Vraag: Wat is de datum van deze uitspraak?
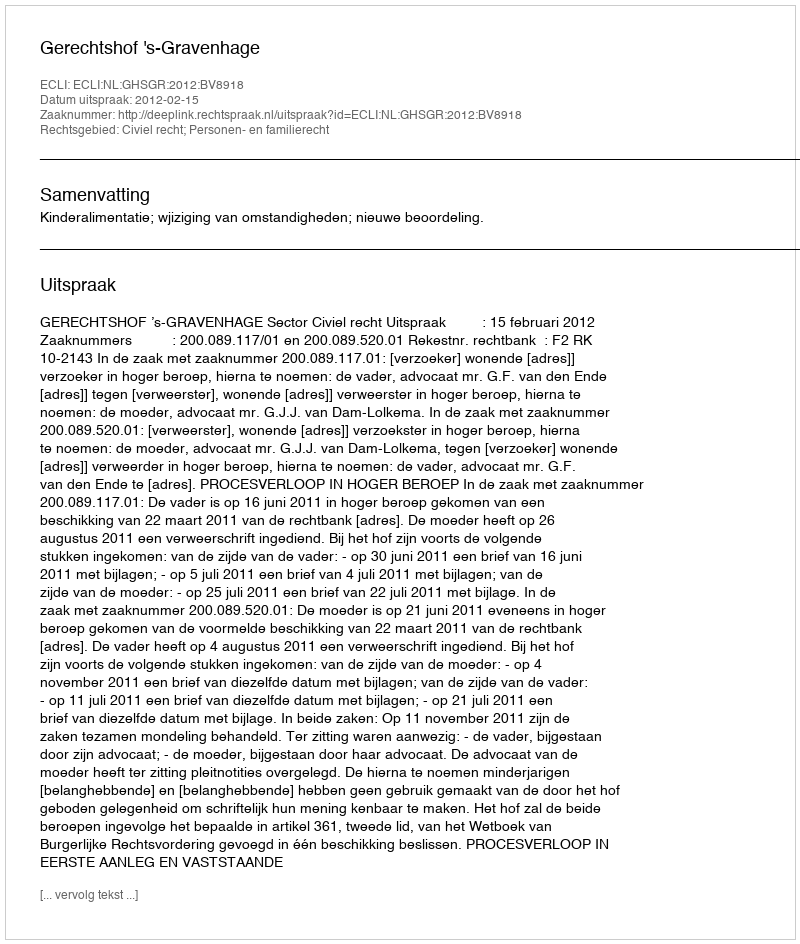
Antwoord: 2012-02-15